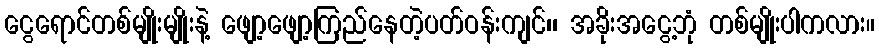
ငွေရောင်တစ်မျိုးမျိုးနဲ့ ဖျော့ဖျော့ကြည်နေတဲ့ပတ်ဝန်းကျင်၊၊ အခိုးအငွေ့ဘုံ တစ်မျိုးပါကလား။